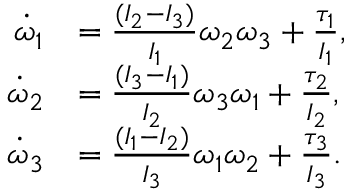
\begin{array} { r l } { \dot { \omega } _ { 1 } } & { = \frac { ( I _ { 2 } - I _ { 3 } ) } { I _ { 1 } } \omega _ { 2 } \omega _ { 3 } + \frac { \tau _ { 1 } } { I _ { 1 } } , } \\ { \dot { \omega } _ { 2 } } & { = \frac { ( I _ { 3 } - I _ { 1 } ) } { I _ { 2 } } \omega _ { 3 } \omega _ { 1 } + \frac { \tau _ { 2 } } { I _ { 2 } } , } \\ { \dot { \omega } _ { 3 } } & { = \frac { ( I _ { 1 } - I _ { 2 } ) } { I _ { 3 } } \omega _ { 1 } \omega _ { 2 } + \frac { \tau _ { 3 } } { I _ { 3 } } . } \end{array}